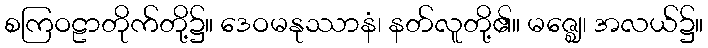
စကြဝဠာတိုက်တို့၌။ ဒေဝမနုဿာနံ၊ နတ်လူတို့၏။ မဇ္ဈေ၊ အလယ်၌။